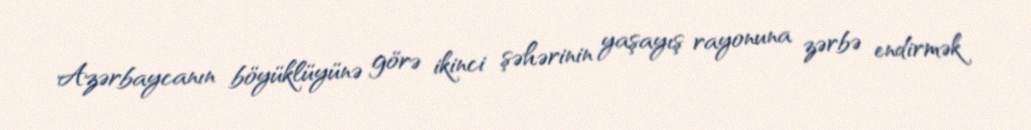
Azərbaycanın böyüklüyünə görə ikinci şəhərinin yaşayış rayonuna zərbə endirmək